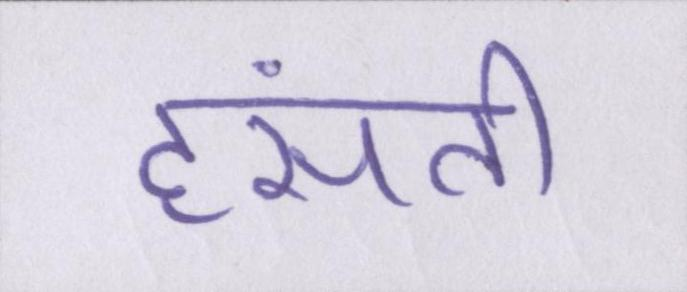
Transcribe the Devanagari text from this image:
हंसती